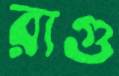
রাগু